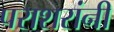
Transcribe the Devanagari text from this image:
पराशरांनी